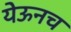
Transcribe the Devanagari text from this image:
येऊनच